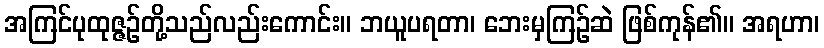
အကြင်ပုထုဇ္ဇဉ်တို့သည်လည်းကောင်း။ ဘယူပရတာ၊ ဘေးမှကြဉ်ဆဲ ဖြစ်ကုန်၏။ အရဟာ၊